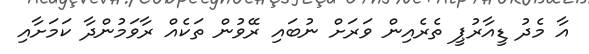
އާ މެދު ޑީއާރުޕީ ތެރެއިން ވަރަށް ނުބައި ރޭވުން ތަކެއް ރާވަމުންދާ ކަމަށާއި